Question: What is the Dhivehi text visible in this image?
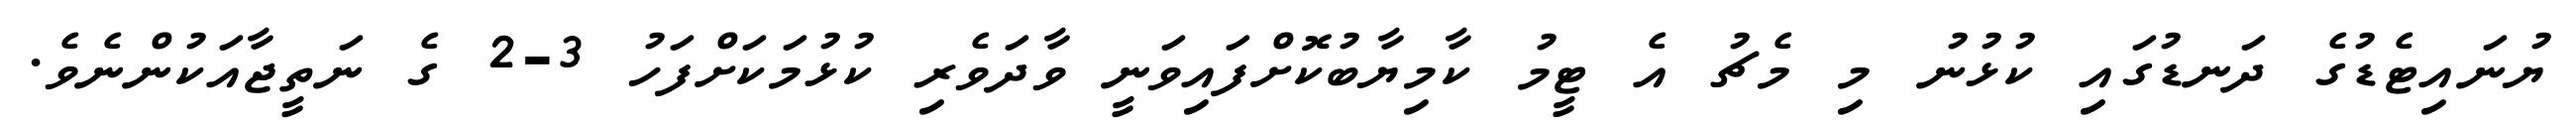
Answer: ޔުނައިޓެޑުގެ ދަނޑުގައި ކުޅުނު މި މެޗު އެ ޓީމު ކާމިޔާބުކޮށްފައިވަނީ ވާދަވެރި ކުޅުމަކަށްފަހު 3-2 ގެ ނަތީޖާއަކުންނެވެ.